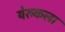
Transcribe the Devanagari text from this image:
येरुकला